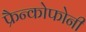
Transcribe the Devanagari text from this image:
फ्रैन्कोफोनी